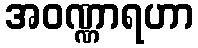
အဝဏ္ဏာရဟာ